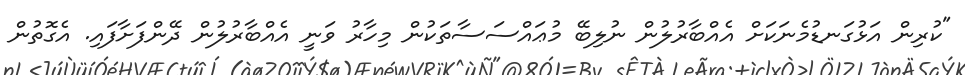
"ކުރިން އަޅުގަނޑުމެނަކަށް އެއްބާރުލުން ނުލިބޭ މުޢައްސަސާތަކުން މިހާރު ވަނީ އެއްބާރުލުން ދޭންފަށާފައި. އެގޮތުން